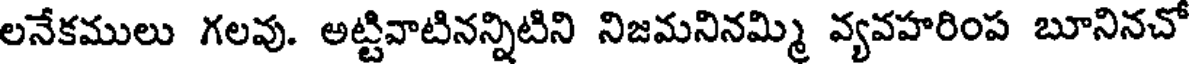
లనేకములు గలవు. అట్టివాటినన్నిటిని నిజమనినమ్మి వ్యవహరింప బూనినచో